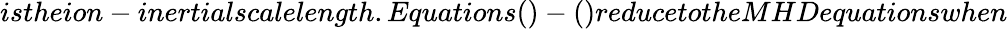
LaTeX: istheion-inertialscalelength.Equations()-()reducetotheMHDequationswhen